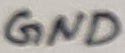
Text: GND